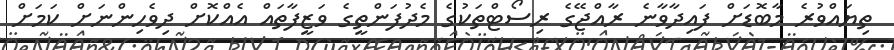
ތިޔައްވުރެ މާބޮޑަށް ފައިދާވާނެ ރާއްޖޭގެ ރިސޯޓްތަކުގެ މެދުފަންތީގެ ވަޒީފާތައް އެއްކޮށް ދިވެހިންނަށް ކަމަަށް